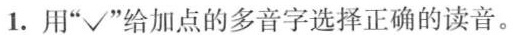
1.用”√”给加点的多音字选择正确的读音。